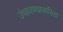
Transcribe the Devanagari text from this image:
उंचावण्याकरिता